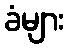
ခံများ